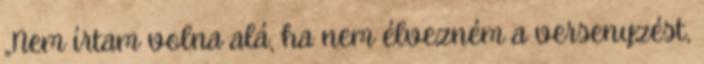
„Nem írtam volna alá, ha nem élvezném a versenyzést,